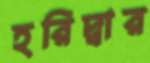
হরিদ্বার